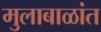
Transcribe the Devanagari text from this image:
मुलाबाळांत